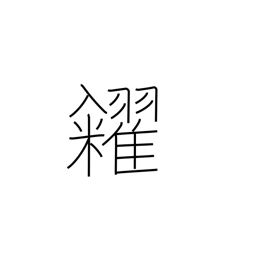
Meaning: sell (grain)